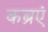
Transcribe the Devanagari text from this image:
कब्रएं